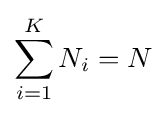
\sum _{i=1}^{K}N_{i}=N